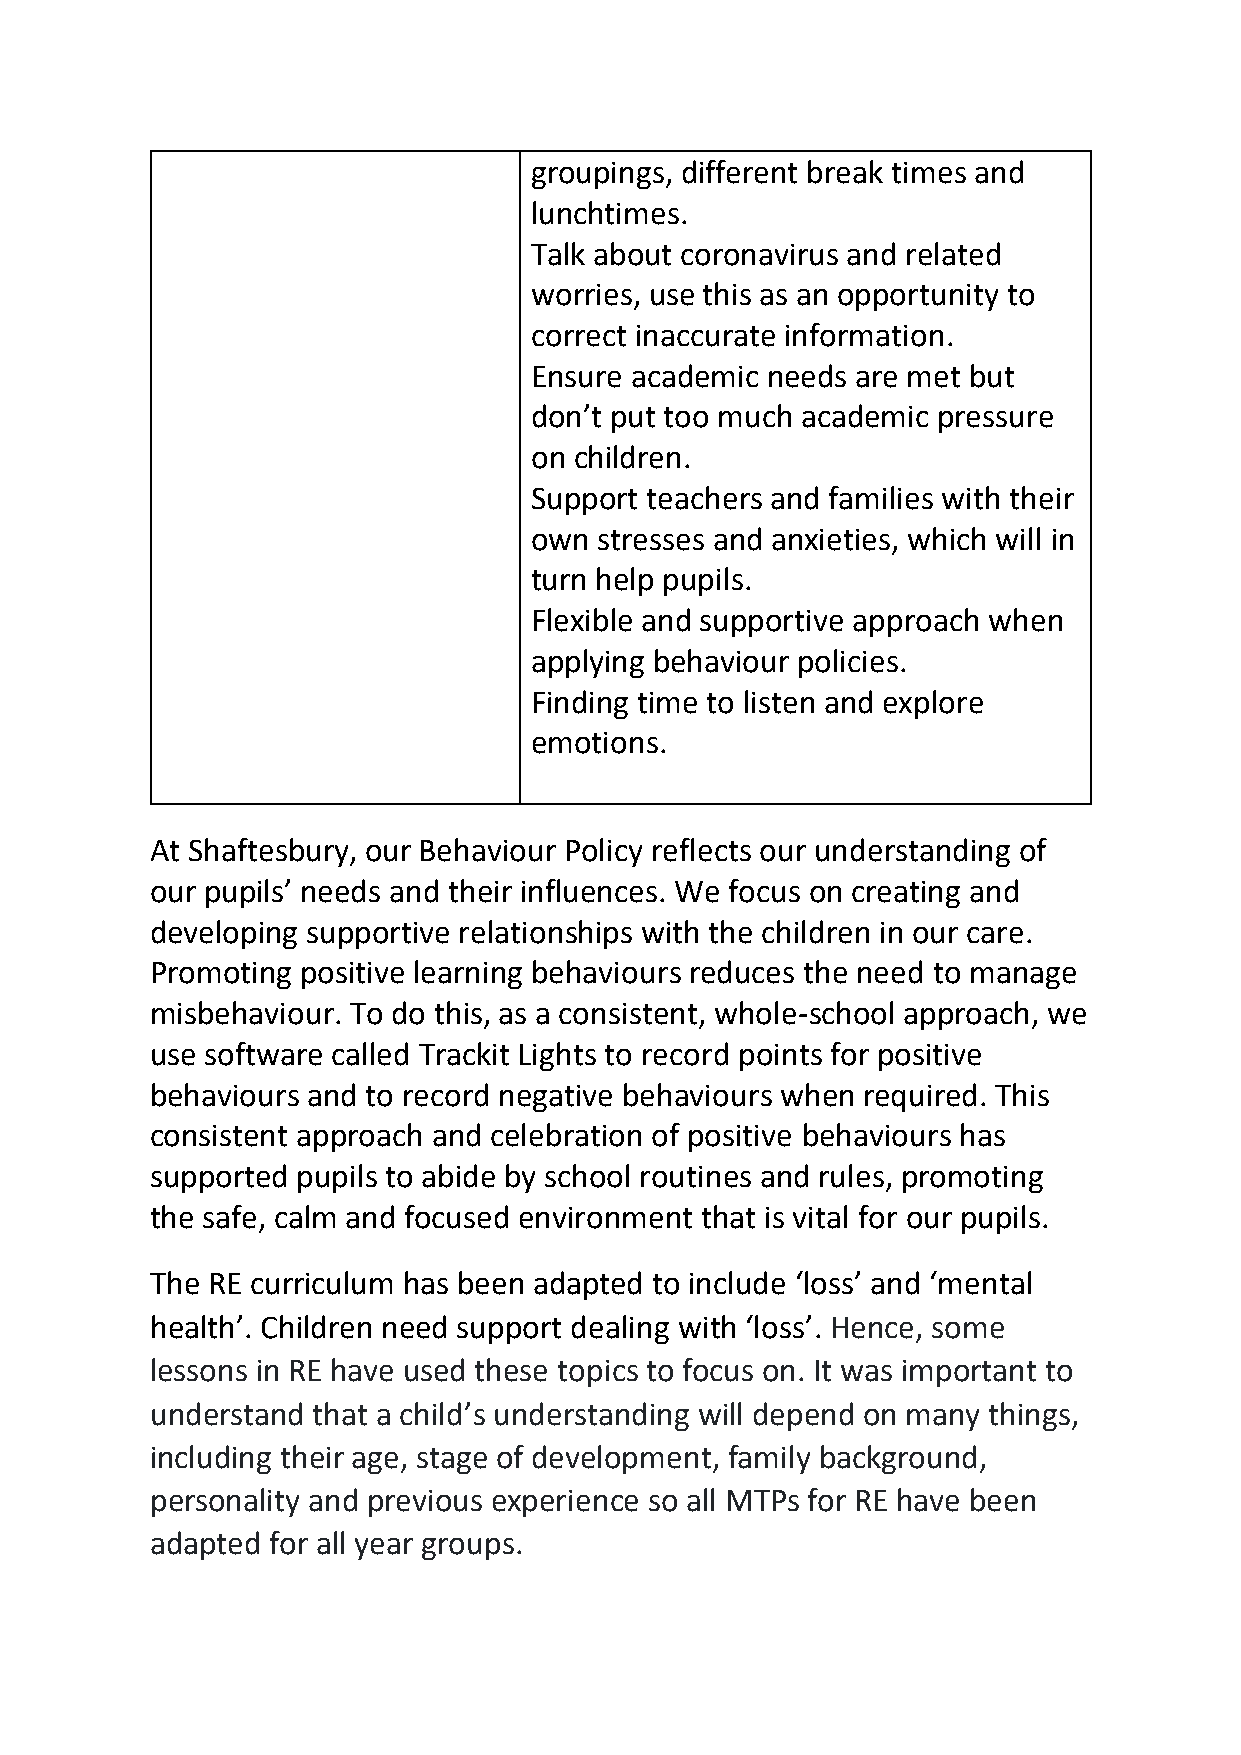
groupings, different break times and
 lunchtimes.
 Talk about coronavirus and related
 ●
 worries, use this as an opportunity to
 correct inaccurate information.
 Ensure academic needs are met but
 ●
 don’t put too much academic pressure
 on children.
 Support teachers and families with their
 ●
 own  stresses and anxieties, which will in
 turn help pupils.
 Flexible and supportive approach when
 ●
 applying behaviour policies.
 Finding time to listen and explore
 emotions.
 ●
 At Shaftesbury, our Behaviour Policy reflects our understanding of
 our pupils’ needs and their influences. We focus on creating and
 developing supportive relationships with the children in our care.
 Promoting positive learning behaviours reduces the need to manage
 misbehaviour. To do this, as a consistent, whole-school approach, we
 use software called Trackit Lights to record points for positive
 behaviours and to record negative behaviours when required. This
 consistent approach and celebration of positive behaviours has
 supported pupils to abide by school routines and rules, promoting
 the safe, calm and focused environment that is vital for our pupils.
 The RE curriculum has been adapted to include ‘loss’ and ‘mental
 health’. Children need support dealing with ‘loss’. Hence, some
 lessons in RE have used these topics to focus on. It was important to
 understand that a child’s understanding will depend on many things,
 including their age, stage of development, family background,
 personality and previous experience so all MTPs for RE have been
 adapted for all year groups.